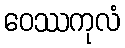
ဝေဿကုလံ